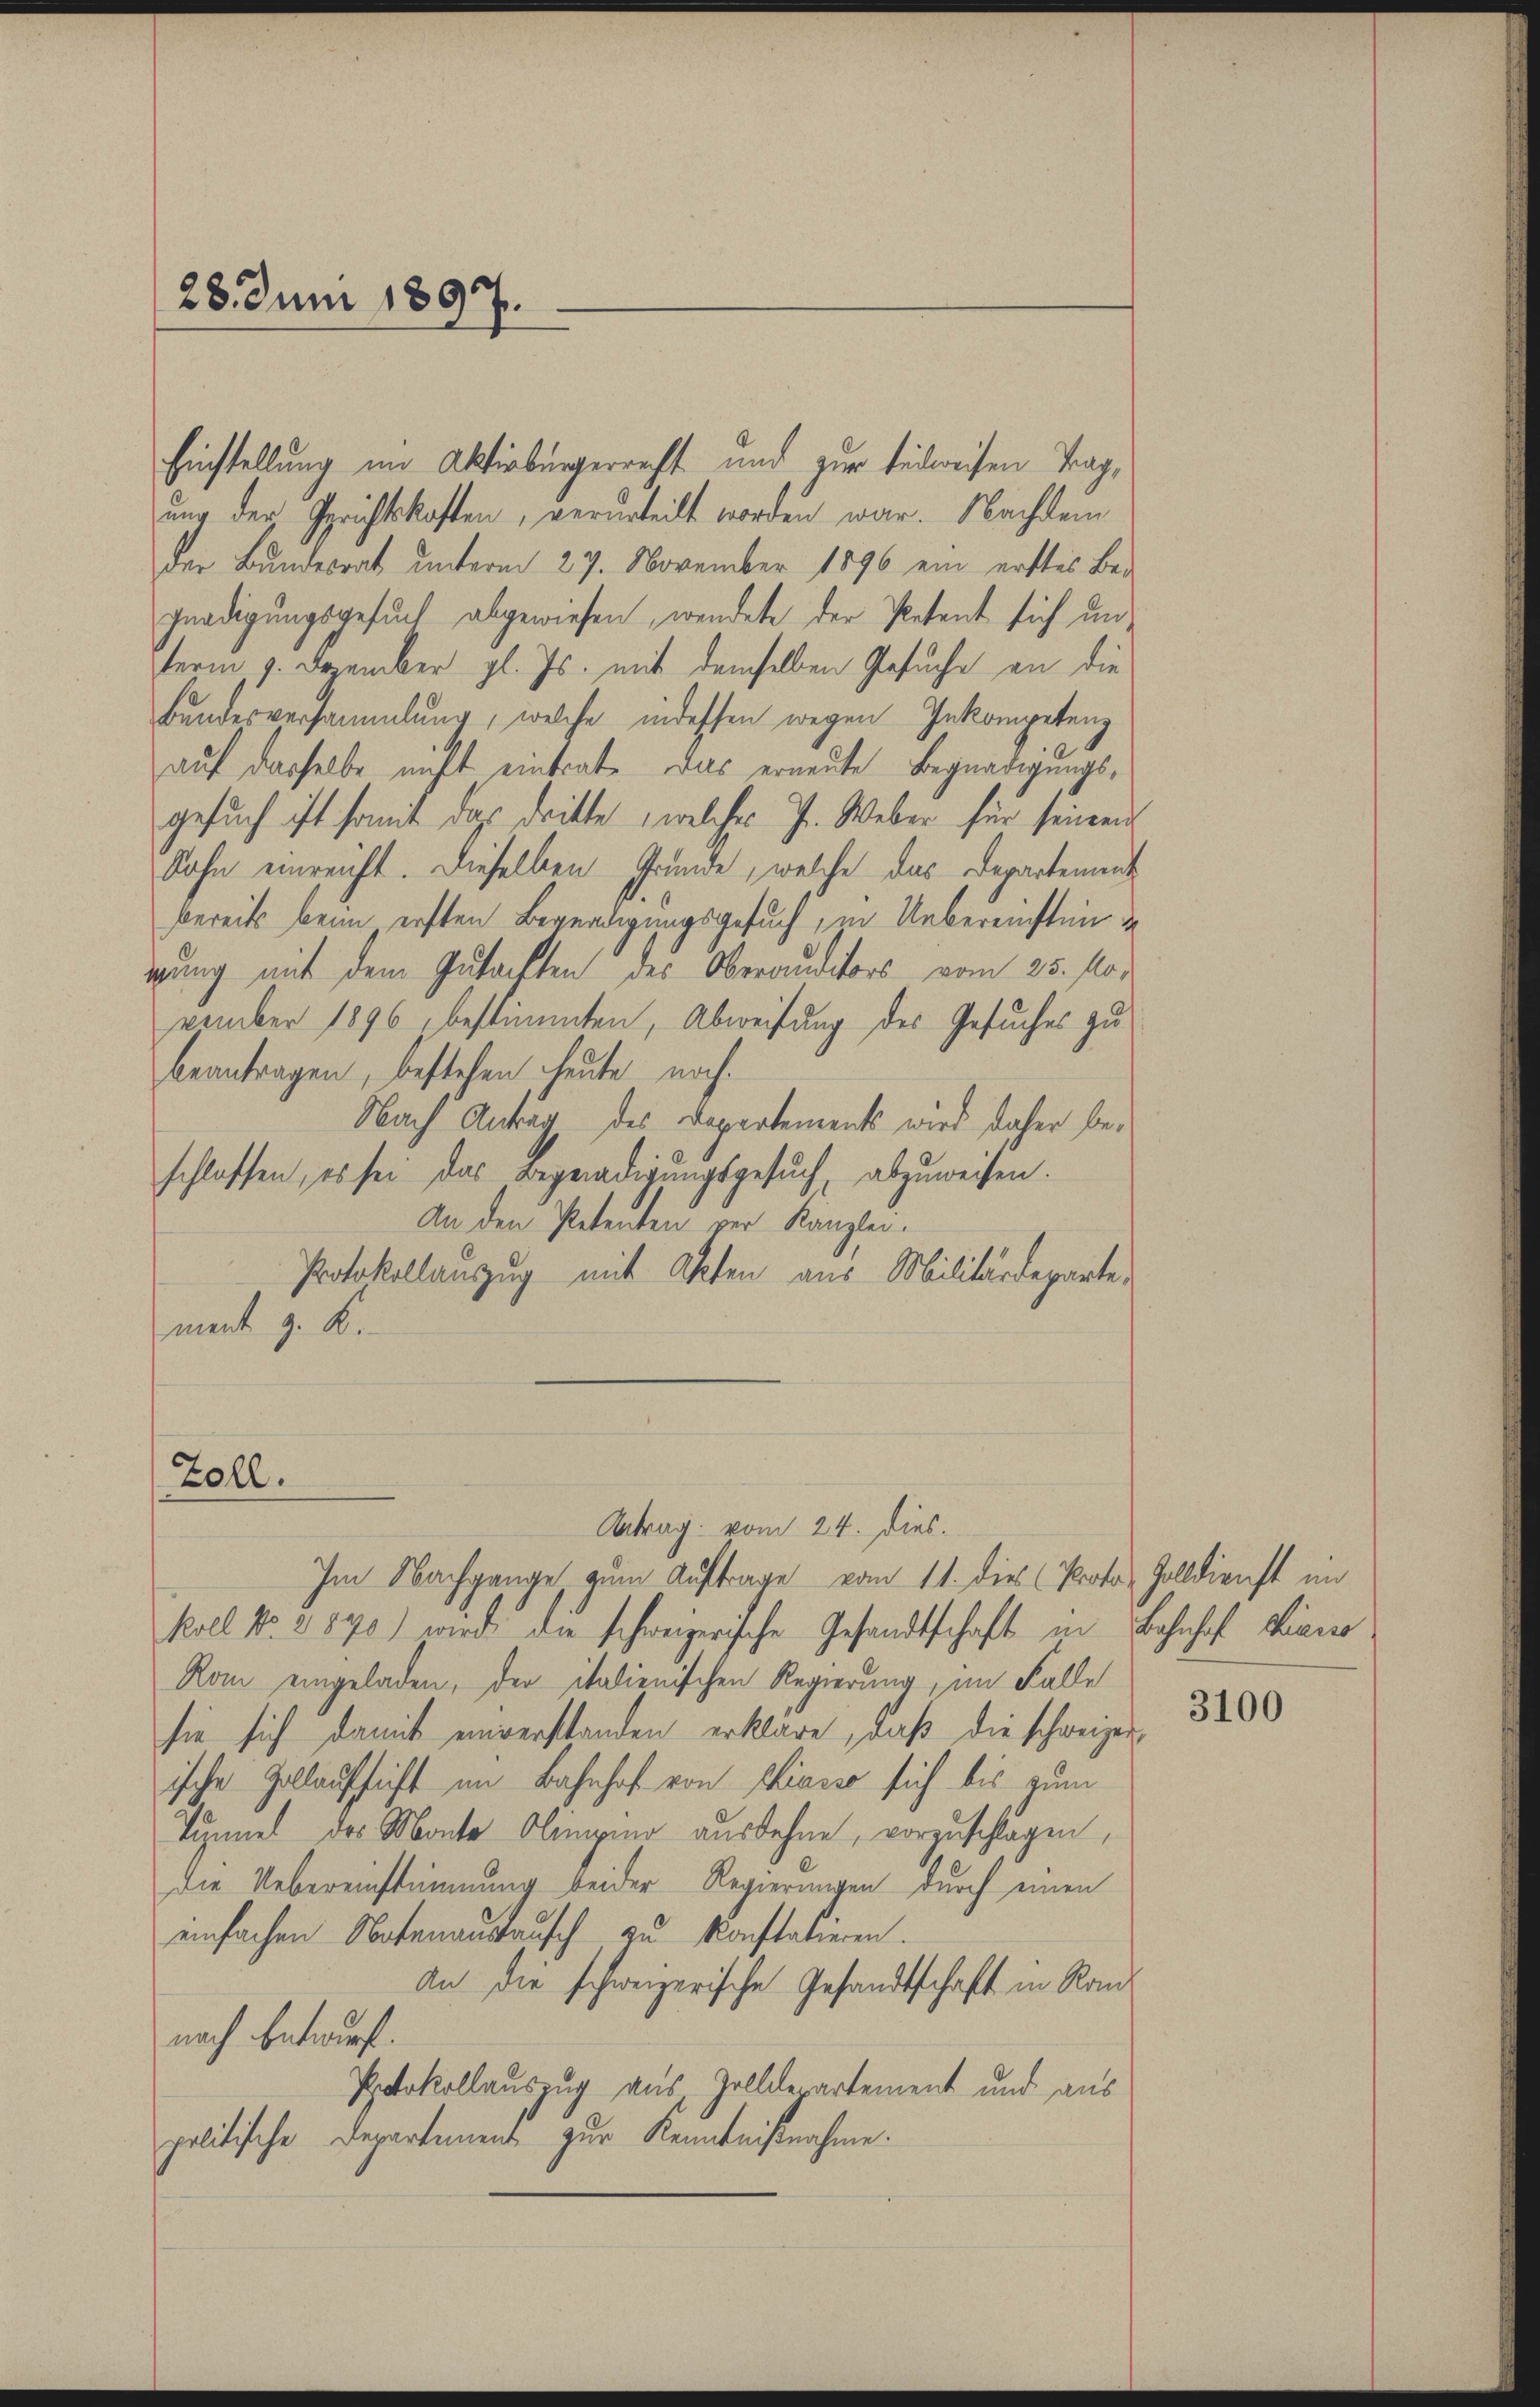
28. Juni 1897.

Einstellung im Aktivbürgerrecht und zur teilweisen Tagung der Gerichtskosten, verurteilt worden war. Nachdem
der Bŭndesrat ŭnterm 27. November 1896 ein erstes Be-
gnadigungsgesŭch abgewiesen, wendete der Petent sich un-
term 9. Dezember gl. Js. mit demselben Gesuche an die
Bundesversammlung, welche indessen wegen Inkompetenz
auf dasselbe nicht eintrat das erneute Begnadigungsgesuch ist somit das dritte, welches J. Weber für seinen
Sohn einreicht. Dieselben Grunde, welche das Departement
bereits beim ersten Begnadigungsgesuch, in Uebereinsteniung mit dem Gutachten des Oberauditors vom 25. November 1896, bestimmten, Abweisung des Gesuches zu
beantragen, bestehen, heute noch
Nach Antrag des Departements wird daher beschlossen, es sei das Begnadigungsgesuch, abzuweisen.
An den Petenten vor Kanzlei.
Protokollanzzug mit Akten aus Militärdepartement z. K.

Zoll.

Antrag vom 24. Dies.
Im Nachgange, zum Auftrage vom 11. dies (Proto-Zolldienst im
koll No. 2870) wird die schweizerische Gesandtschaft in Bahnhof hiene
Rom eingeladen, der italienischen Regierung, im Falle
sie sich damit einverstanden erkläre, daß die schweizer
ische Zollauschicht im Bahnhof von Vincer sich bis zum
Tunnel des Monte Obergino ausdehne, vorzuschlagen,
Die Uebereinstimmung beider Regierungen durch einen
einfachen Notenanstausch zu konstatieren.
An die schweizerische Gesandtschaft in Kannach Entwurf.
Protokollauszug aus Zollde artement und aus
politische Departement zur Kenntnißnahme.

3100